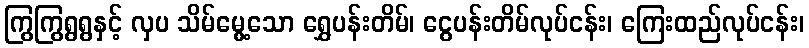
ကြွကြွရွရွနှင့် လှပ သိမ်မွေ့သော ရွှေပန်းတိမ်၊ ငွေပန်းတိမ်လုပ်ငန်း၊ ကြေးထည်လုပ်ငန်း၊